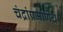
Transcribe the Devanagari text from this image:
चंद्रांप्रमाणेच